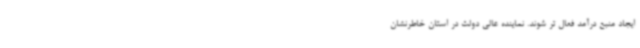
ایجاد منبع درآمد فعال تر شوند. نماینده عالی دولت در استان خاطرنشان